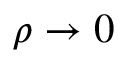
\rho \rightarrow 0